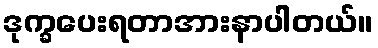
ဒုက္ခပေးရတာအားနာပါတယ်။